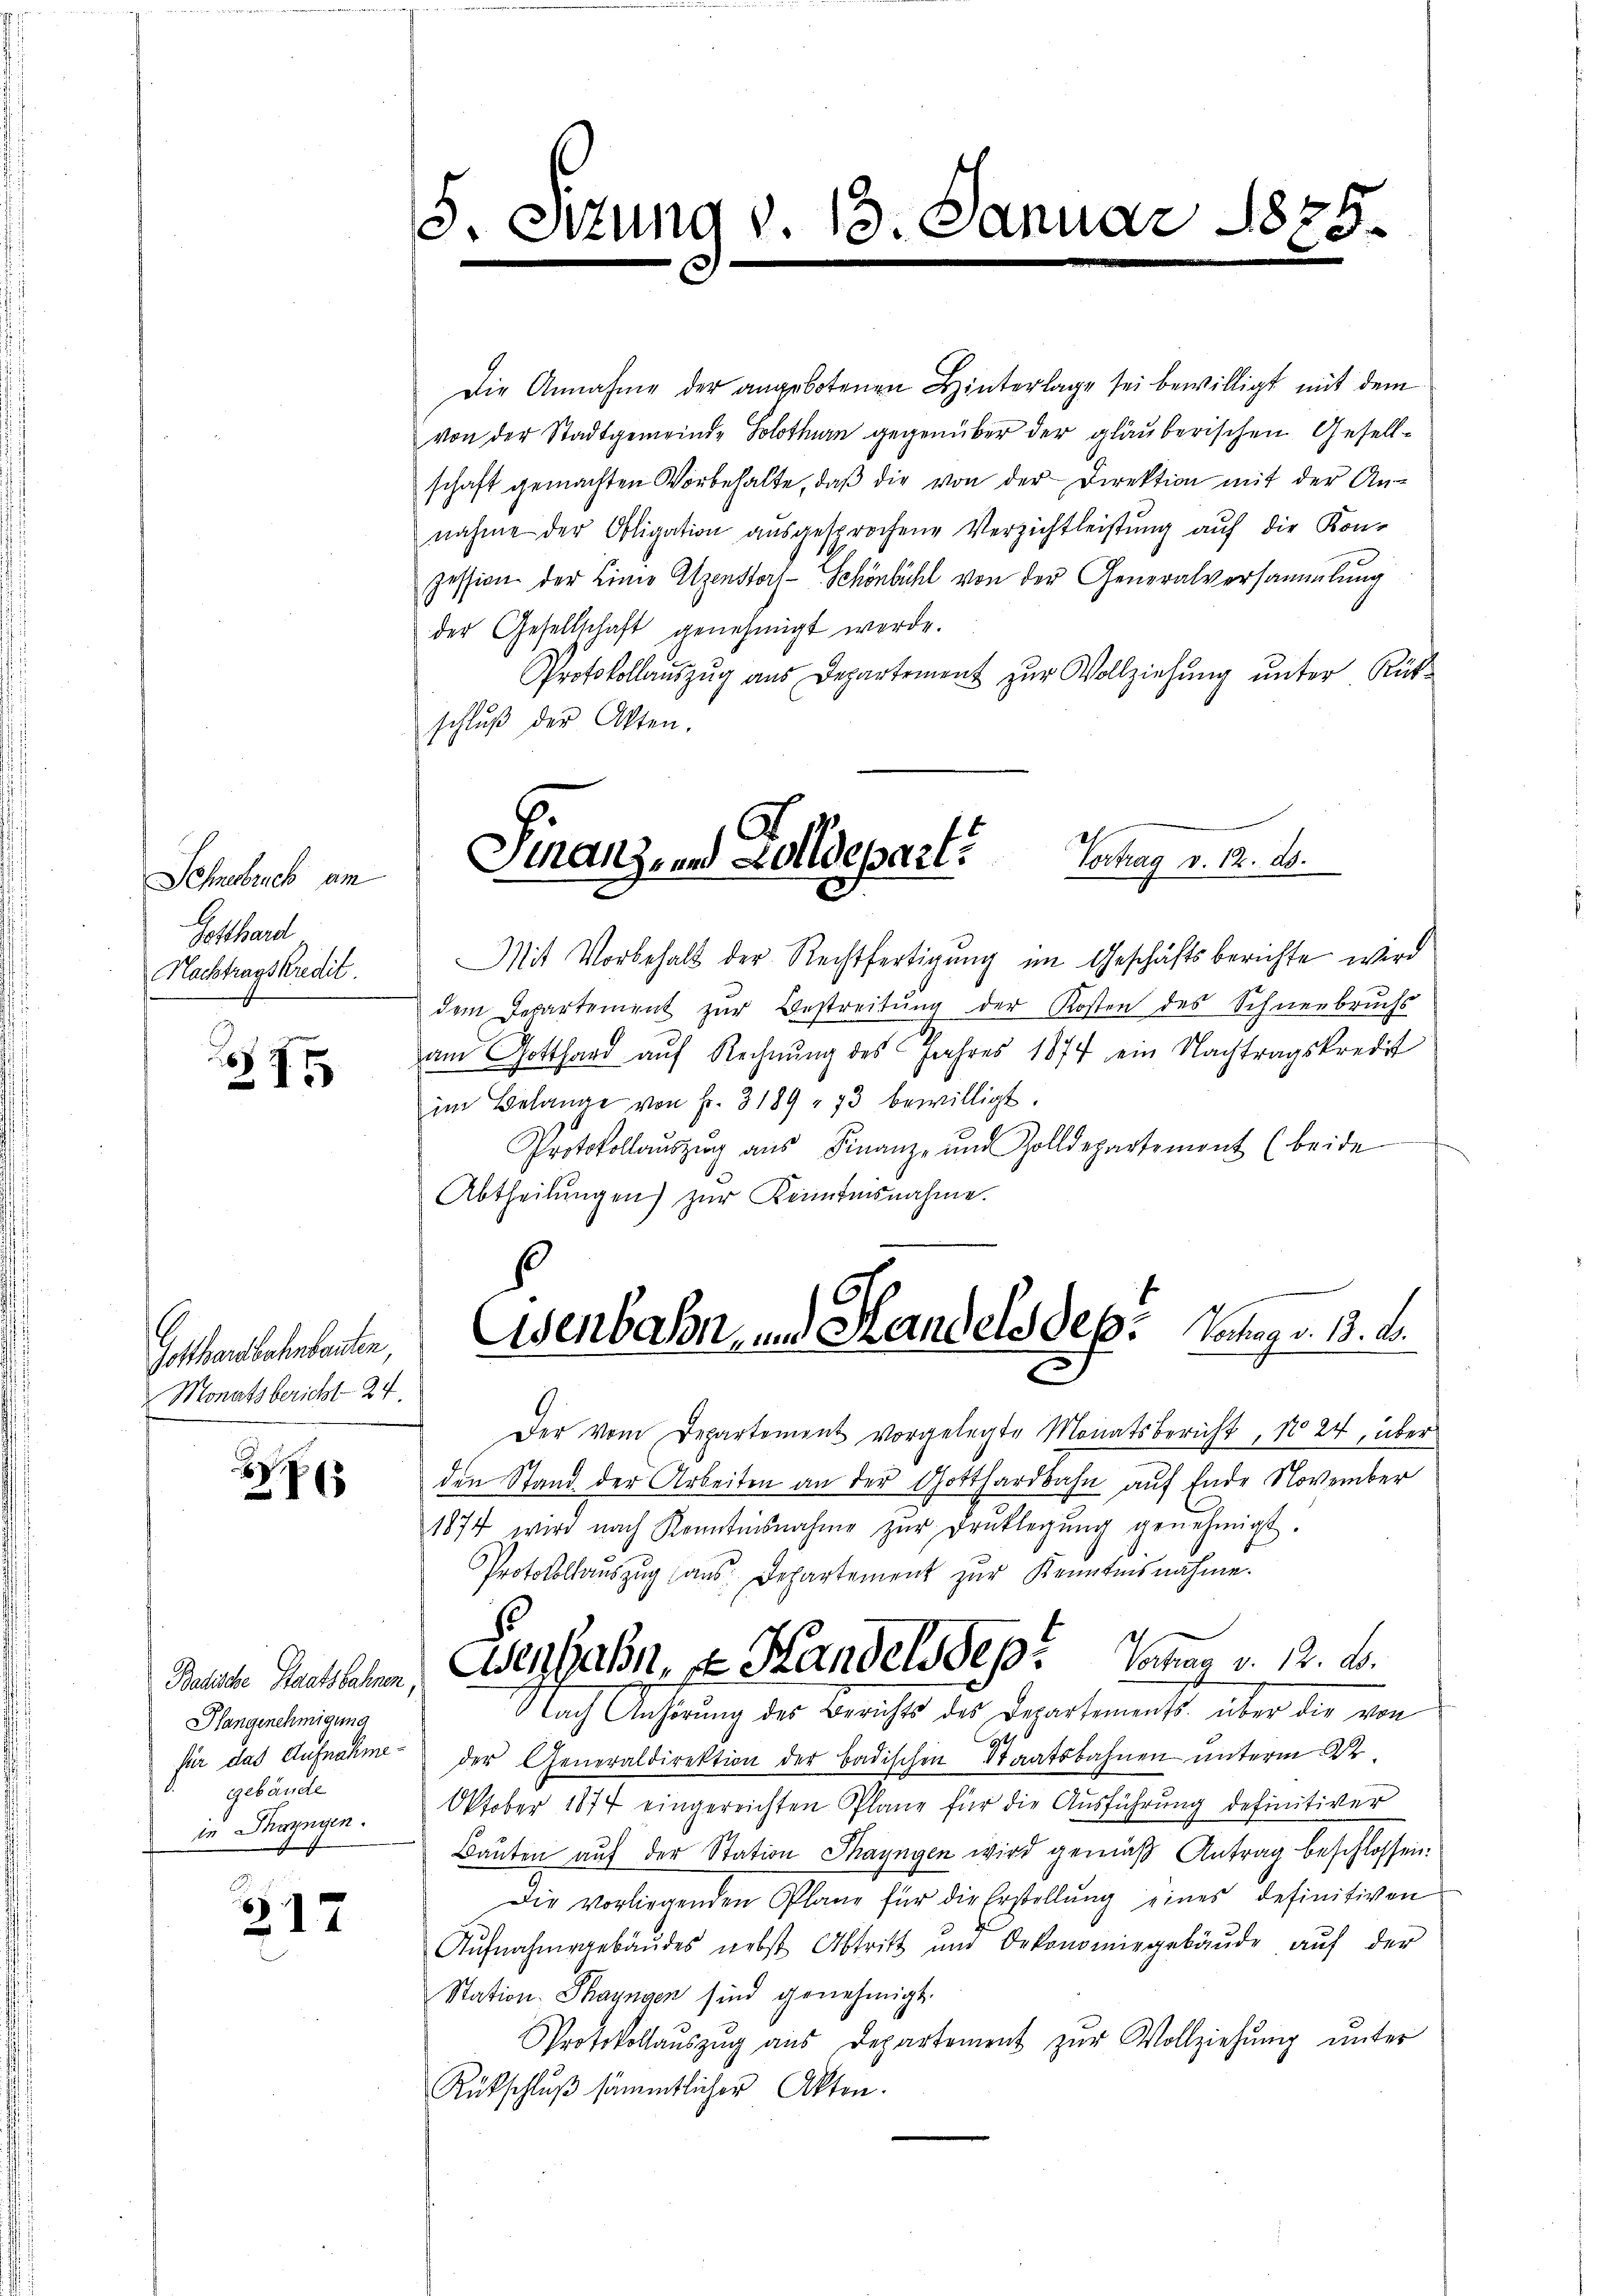
Sehnenbruch am
Gotthard
Nachtragskredit.

Gothansehenbauten,
Monatsbericht 24.

x
375

Hangenehmigung
für das Aufnahme
gebäude
in Thayngen.

317

Die Annahme der angebotenen Hinterlage sei bewilligt mit dem
von der Stadtgemeinde Solothurn gegenüber der glauberischen Gesellschaft gemachten Vorbehalte, daβ die von der Direktion mit der An-
nahme der Obligation aŭsgesprochene Verzichtleistŭng auf die Kon-
zession der Linio Atzenstorf- Schönbühl von der Generalversammlung
der Gesellschaft genehmigt werde.
Protokollauszug aus Departement zur Vollziehung unter Rükschlŭβ der Akten.

. F.

zung d. 13. Januar 1875.

Vertrag v. 1. ds.
Finanze und Zolldepart

Mit Vorbehalt der Rechtfertigung im Geschäftsberichte wird
dem Repartement zŭr Bestreitŭng der Kosten des Schneebruchs
am Gotthard auf Rechnung des Jahres 1877 ein Nachtragskredit
im Belange von Fr. 3189 " 73 bewilligt.
Protokollaŭszŭg aŭs Finanze und Zolldepartement (beide
Abtheilungen zur Kenntnisnahme.
Der vom Departement vorgelegte Monatsbericht, No 24, über
den Stand der Arbeiten an der Gotthardbahn auf Ende November
1874 wird nach Kenntnisnahme zŭr Druklegŭng genehmigt.
Protokollauszug aus Departement zur Kenntnisnahme.
Belaste Gachahmen, denjahn, z. Handelsdep. Jahren v. 12. d.
Nach Anhörung des Berichts des Departements. über die von
der Generaldirektion der badischen Staatsbahnen unterm 2ten
Oktober 1874 eingereichten Plane für die Ausführung definitiver
Bauten auf der Station Thayngen wird gemäß Antrag beschlossen.
Die vorliegenden Plane für die Erstellung eines definitiven
Aŭfnahmegebäŭdes nebst Abtritt und Oekonomiegebäŭde aŭf der
Station Thayngen sind genehmigt.
Protokollaŭszŭg aŭs Departement zŭr Vollziehŭng ŭnter
Rütschlŭβ sämmtlicher Akten.

Esenbahn, und Handels des Vater v. 13. d.
2